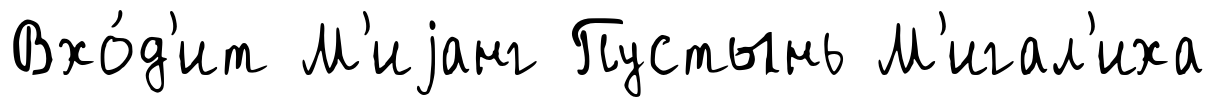
Вхо́д'ит М'иjанг Пустынь М'игал'иха